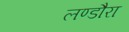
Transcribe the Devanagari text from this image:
लण्डौरा